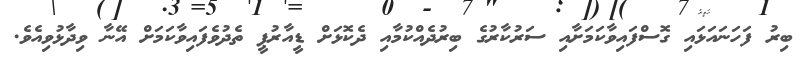
ބިރު ފަހަނައަޅައި ގޮސްފައިވާކަމަށާއި ސަރުކާރުގެ ބިރުދެއްކުމާއި ދެކޮޅަށް ޑީއާރުޕީ ތެދުވެފައިވާކަމަށް އޭނާ ވިދާޅުވިއެވެ.